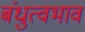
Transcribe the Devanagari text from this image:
बंधुत्वभाव